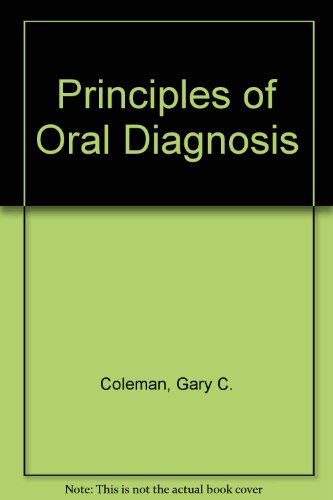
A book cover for Principles of Oral Diagnosis; Gary C. Coleman; Medical Books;